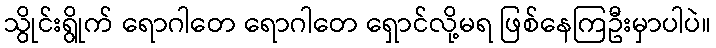
သွိုင်းရွိုက် ရောဂါတေ ရောဂါတေ ရှောင်လို့မရ ဖြစ်နေကြဦးမှာပါပဲ။